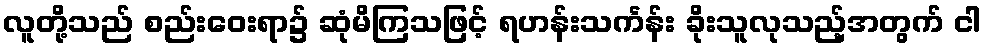
လူတို့သည် စည်းဝေးရာ၌ ဆုံမိကြသဖြင့် ရဟန်းသင်္ကန်း ခိုးသူလုသည့်အတွက် ငါ